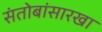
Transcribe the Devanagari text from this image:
संतोबांसारखा